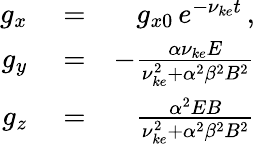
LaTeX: \begin{array}{rlr}{g_{x}}&{{}=}&{g_{x0}\, e^{-\nu_{ke}t}\, ,}\\ {g_{y}}&{{}=}&{-\frac{\alpha\nu_{ke}E}{\nu_{ke}^{2}+\alpha^{2}\beta^{2}B^{2}}}\\ {g_{z}}&{{}=}&{\frac{\alpha^{2}EB}{\nu_{ke}^{2}+\alpha^{2}\beta^{2}B^{2}}}\end{array}